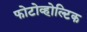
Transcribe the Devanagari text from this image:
फोटोव्होल्टिक